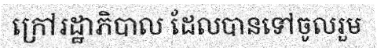
ក្រៅរដ្ឋាភិបាល ដែលបានទៅចូលរួម